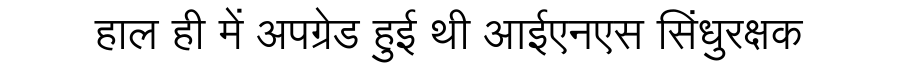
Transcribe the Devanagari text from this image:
हाल ही में अपग्रेड हुई थी आईएनएस सिंधुरक्षक